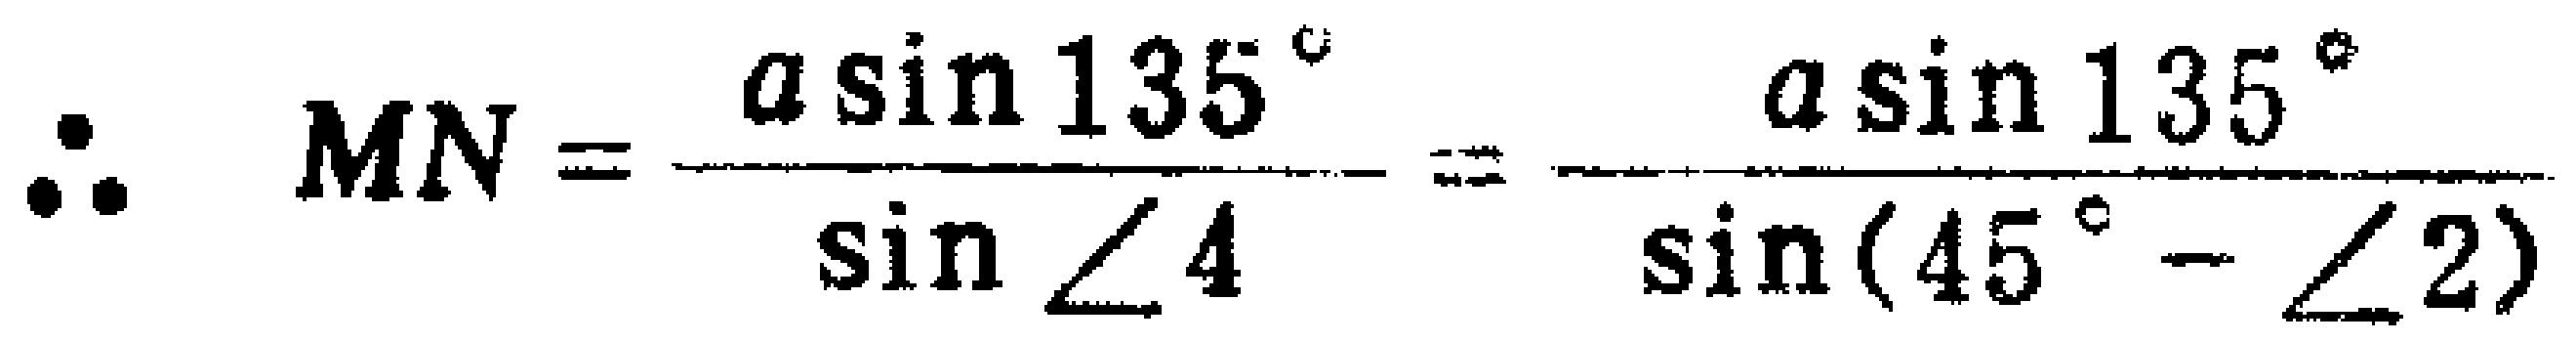
\(\therefore MN=\frac{a\sin135^{\circ}}{\sin\angle4}=\frac{a\sin135^{\circ}}{\sin(45^{\circ}-\angle2)}\)